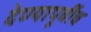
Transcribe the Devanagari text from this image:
देण्यापूर्वीच